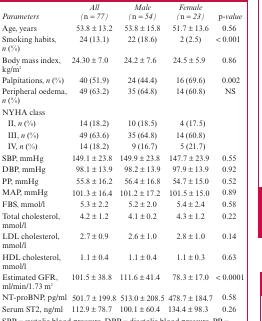
<table><thead><tr><td><b><i>Parameters</i></b></td><td><b><i>All (n = 77)</i></b></td><td><b><i>Male (n = 54)</i></b></td><td><b><i>Female (n = 23)</i></b></td><td><b>p<i>-value</i></b></td></tr></thead><tbody><tr><td>Age, years</td><td>53.8 ± 13.2</td><td>53.8 ± 15.8</td><td>51.7 ± 13.6</td><td>0.56</td></tr><tr><td>Smoking habits, <i>n</i> (%)</td><td>24 (13.1)</td><td>22 (18.6)</td><td>2 (2.5)</td><td>&lt; 0.001</td></tr><tr><td>Body mass index, kg/m<sup>2</sup></td><td>24.30 ± 7.0</td><td>24.2 ± 7.6</td><td>24.5 ± 5.9</td><td>0.86</td></tr><tr><td>Palpitations, <i>n</i> (%)</td><td>40 (51.9)</td><td>24 (44.4)</td><td>16 (69.6)</td><td>0.002</td></tr><tr><td>Peripheral oedema, <i>n</i> (%)</td><td>49 (63.2)</td><td>35 (64.8)</td><td>14 (60.8)</td><td>NS</td></tr><tr><td colspan="5">NYHA class</td></tr><tr><td>II, <i>n</i> (%)</td><td>14 (18.2)</td><td>10 (18.5)</td><td>4 (17.5)</td><td></td></tr><tr><td>III, <i>n</i> (%)</td><td>49 (63.6)</td><td>35 (64.8)</td><td>14 (60.8)</td><td></td></tr><tr><td>IV, <i>n</i> (%)</td><td>14 (18.2)</td><td>9 (16.7)</td><td>5 (21.7)</td><td></td></tr><tr><td>SBP, mmHg</td><td>149.1 ± 23.8</td><td>149.9 ± 23.8</td><td>147.7 ± 23.9</td><td>0.55</td></tr><tr><td>DBP, mmHg</td><td>98.1 ± 13.9</td><td>98.2 ± 13.9</td><td>97.9 ± 13.9</td><td>0.92</td></tr><tr><td>PP, mmHg</td><td>55.8 ± 16.2</td><td>56.4 ± 16.8</td><td>54.7 ± 15.0</td><td>0.52</td></tr><tr><td>MAP, mmHg</td><td>101.3 ± 16.4</td><td>101.2 ± 17.2</td><td>101.5 ± 15.0</td><td>0.89</td></tr><tr><td>FBS, mmol/l</td><td>5.3 ± 2.2</td><td>5.2 ± 2.0</td><td>5.4 ± 2.4</td><td>0.58</td></tr><tr><td>Total cholesterol, mmol/l</td><td>4.2 ± 1.2</td><td>4.1 ± 0.2</td><td>4.3 ± 1.2</td><td>0.22</td></tr><tr><td>LDL cholesterol, mmol/l</td><td>2.7 ± 0.9</td><td>2.6 ± 1.0</td><td>2.8 ± 1.0</td><td>0.14</td></tr><tr><td>HDL cholesterol, mmol/l</td><td>1.1 ± 0.4</td><td>1.1 ± 0.4</td><td>1.1 ± 0.3</td><td>0.63</td></tr><tr><td>Estimated GFR, ml/min/1.73 m<sup>2</sup></td><td>101.5 ± 38.8</td><td>111.6 ± 41.4</td><td>78.3 ± 17.0</td><td>&lt; 0.0001</td></tr><tr><td>NT-proBNP, pg/ml</td><td>501.7 ± 199.8</td><td>513.0 ± 208.5</td><td>478.7 ± 184.7</td><td>0.58</td></tr><tr><td>Serum ST2, ng/ml</td><td>112.9 ± 78.7</td><td>100.1 ± 60.4</td><td>134.4 ± 98.3</td><td>0.26</td></tr></tbody></table>